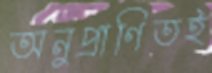
অনুপ্রাণিতই